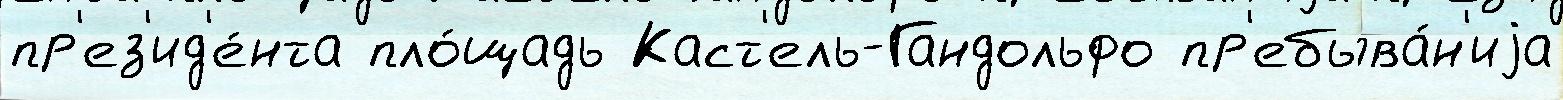
пр'ез'ид'е́нта пло́щадь Каст'ель-Гандольфо пр'ебыва́н'иjа